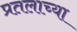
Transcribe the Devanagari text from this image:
प्रतलाच्या